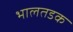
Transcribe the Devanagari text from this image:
भालतडक